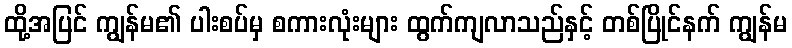
ထို့အပြင် ကျွန်မ၏ ပါးစပ်မှ စကားလုံးများ ထွက်ကျလာသည်နှင့် တစ်ပြိုင်နက် ကျွန်မ